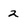
Character: 2